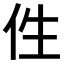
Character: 𠇷